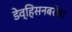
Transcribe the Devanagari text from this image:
डेव्हिसनबरोबर